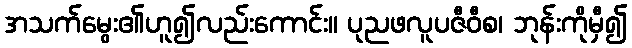
အသက်မွေး၏ဟူ၍လည်းကောင်း။ ပုညဖလူပဇီဝီစ၊ ဘုန်းကိုမှီ၍